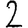
Digit: 2